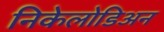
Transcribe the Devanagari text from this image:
निकेलोडिअन